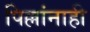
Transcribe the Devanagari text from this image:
पिल्लांनाही